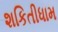
શકિતીધામ